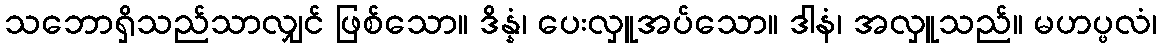
သဘောရှိသည်သာလျှင် ဖြစ်သော။ ဒိန္နံ၊ ပေးလှူအပ်သော။ ဒါနံ၊ အလှူသည်။ မဟပ္ဖလံ၊